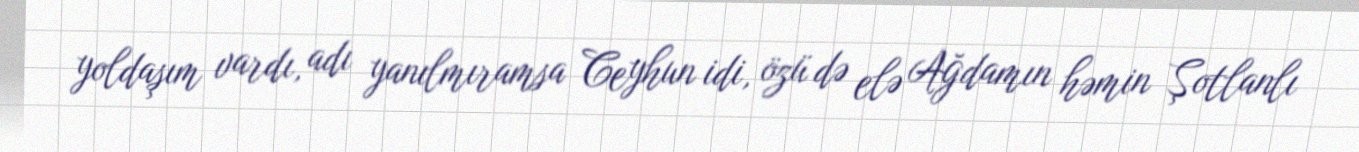
yoldaşım vardı, adı yanılmıramsa Ceyhun idi, özü də elə Ağdamın həmin Şotlanlı